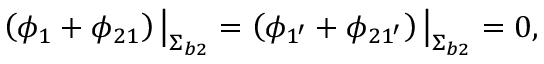
\left( \phi _ { 1 } + \phi _ { 2 1 } \right) \big | _ { { \upSigma } _ { b 2 } } = \left( \phi _ { 1 ^ { \prime } } + \phi _ { 2 1 ^ { \prime } } \right) \big | _ { { \upSigma } _ { b 2 } } = 0 ,